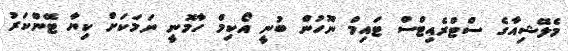
މެލޭޝިއާގެ ސްޓްރެއިޓްސް ޓައިމް ނޫހުން ބުނީ އޯކިމް ހާމޮނީ ނަމަކަށް ކިޔާ ޓޭންކަރު